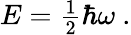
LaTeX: {E}={\begin{array}{l}{{\frac{1}{2}}}\end{array}}\hbar\omega\ .